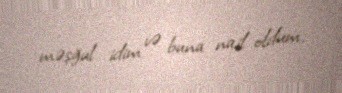
məşğul idim və buna nail oldum.